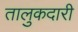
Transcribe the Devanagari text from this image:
तालुकदारी